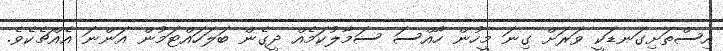
އިސްތަށިގަނޑަކީ ވަރަށް ގިނަ މީހުން ހާއްސަ ސަމާލުކަމެއް ދީގެން ބަލަހައްޓަމުން އަންނަ އެއްޗެކެވެ.